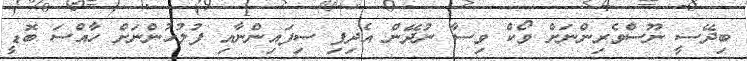
ބިދޭސީ ނޫސްވެރިންނަށް ވޯކް ވިސާ ނުދޭން އެދިފި ސިފައިންނާއި ފުލުހުންނަށް ހާއްސަ ބޮޑީ